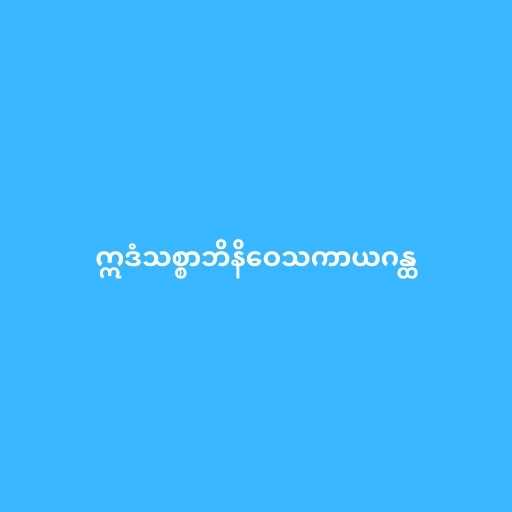
ဣဒံသစ္စာဘိနိဝေသကာယဂန္ထ